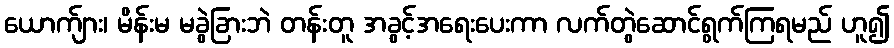
ယောက်ျား၊ မိန်းမ မခွဲခြားဘဲ တန်းတူ အခွင့်အရေးပေးကာ လက်တွဲဆောင်ရွက်ကြရမည် ဟူ၍